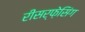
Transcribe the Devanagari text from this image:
रीसर्फ़ेसिंग